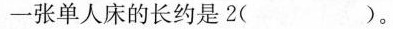
一张单人床的长约是2()。